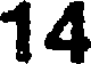
14